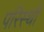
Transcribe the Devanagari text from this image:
परिस्थी